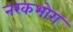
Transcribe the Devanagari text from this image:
नरकभोग